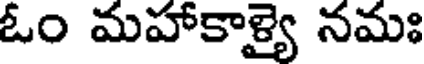
ఓం మహాకాళ్యై నమః